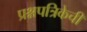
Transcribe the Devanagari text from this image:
प्रश्नपत्रिकेची